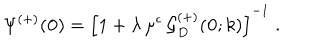
LaTeX: \Psi ^ { ( + ) } ( { \bf 0 } ) = \left[ 1 + \lambda \, \mu ^ { \epsilon } \, { \mathcal G } _ { { D } } ^ { ( + ) } ( { \bf 0 } ; k ) \right] ^ { - 1 } \; .